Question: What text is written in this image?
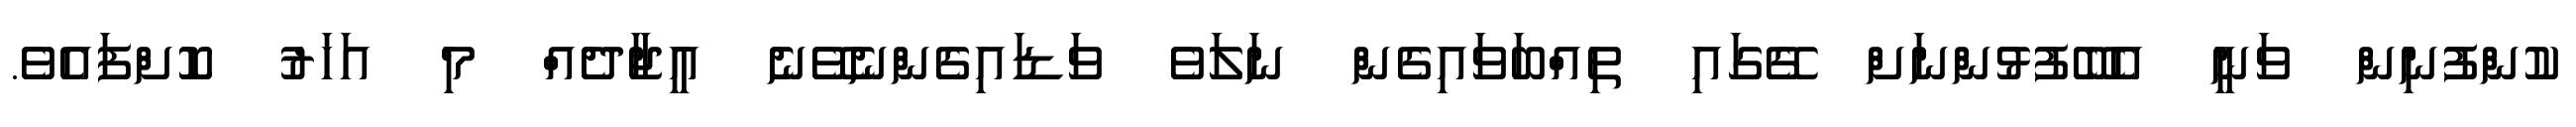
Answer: ކުންފުނިން ވަނީ އެބޭފުޅުންނަށް ގޭގައި ތިއްބަވައިގެން ނަލަވެ ވަޑައިގެންނެވޭނެ އީޖާދެއް މި އަހަރު ކޮށްފައެވެ.